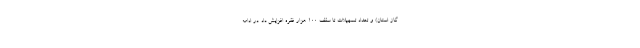
گاز استان) و تعداد تسهیلات تا سقف 100 هزار فقره افزایش داد. در ادامه